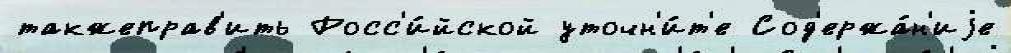
такжеправ'ить Росс'и́йской уточн'и́т'е Сод'ержа́н'иjе